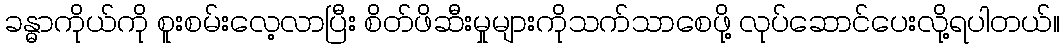
ခန္ဓာကိုယ်ကို စူးစမ်းလေ့လာပြီး စိတ်ဖိဆီးမှုများကိုသက်သာစေဖို့ လုပ်ဆောင်ပေးလို့ရပါတယ်။